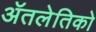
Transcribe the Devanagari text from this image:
ॲतलेतिको